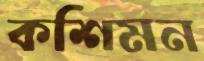
কশিমন